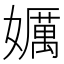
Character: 𱙯